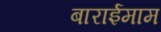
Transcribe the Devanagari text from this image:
बाराईमाम